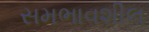
સમભાવશીલ